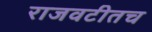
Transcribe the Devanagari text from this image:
राजवटीतच